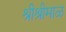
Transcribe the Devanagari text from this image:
श्रीश्रीमाळ